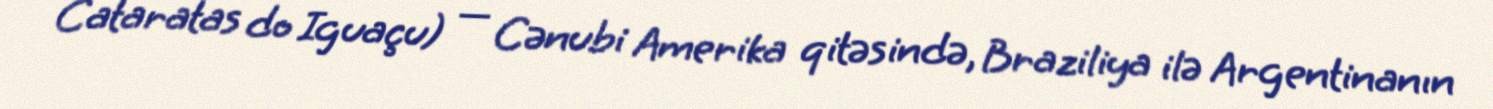
Cataratas do Iguaçu) — Cənubi Amerika qitəsində, Braziliya ilə Argentinanın